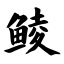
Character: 鲮